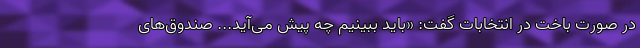
در صورت باخت در انتخابات گفت: «باید ببینیم چه پیش می‌آید... صندوق‌های